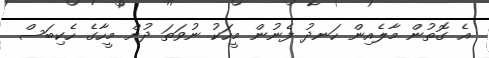
އެ ގޮތުން މާލެއިން ހަނދު ފެނުން މީހަކު ނުވަތަ ދުށް މީހާގެ ހެކިބަސް